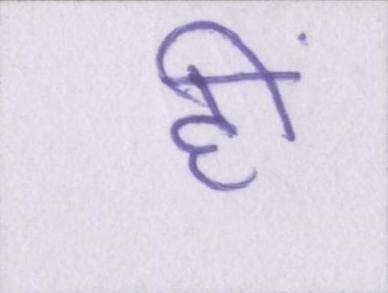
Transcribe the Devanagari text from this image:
हीं